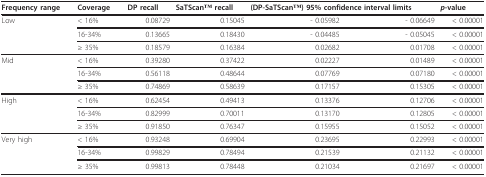
<table><thead><tr><td><b>Frequency range</b></td><td><b>Coverage</b></td><td><b>DP recall</b></td><td><b>SaTScanTM recall</b></td><td colspan="2"><b>(DP-SaTScanTM) 95% confidence interval limits</b></td><td><b><i>p</i>-value</b></td></tr></thead><tbody><tr><td>Low</td><td>&lt; 16%</td><td>0.08729</td><td>0.15045</td><td>- 0.05982</td><td>- 0.06649</td><td>&lt; 0.00001</td></tr><tr><td></td><td>16-34%</td><td>0.13665</td><td>0.18430</td><td>- 0.04485</td><td>- 0.05045</td><td>&lt; 0.00001</td></tr><tr><td></td><td>≥ 35%</td><td>0.18579</td><td>0.16384</td><td>0.02682</td><td>0.01708</td><td>&lt; 0.00001</td></tr><tr><td>Mid</td><td>&lt; 16%</td><td>0.39280</td><td>0.37422</td><td>0.02227</td><td>0.01489</td><td>&lt; 0.00001</td></tr><tr><td></td><td>16-34%</td><td>0.56118</td><td>0.48644</td><td>0.07769</td><td>0.07180</td><td>&lt; 0.00001</td></tr><tr><td></td><td>≥ 35%</td><td>0.74869</td><td>0.58639</td><td>0.17157</td><td>0.15305</td><td>&lt; 0.00001</td></tr><tr><td>High</td><td>&lt; 16%</td><td>0.62454</td><td>0.49413</td><td>0.13376</td><td>0.12706</td><td>&lt; 0.00001</td></tr><tr><td></td><td>16-34%</td><td>0.82999</td><td>0.70011</td><td>0.13170</td><td>0.12805</td><td>&lt; 0.00001</td></tr><tr><td></td><td>≥ 35%</td><td>0.91850</td><td>0.76347</td><td>0.15955</td><td>0.15052</td><td>&lt; 0.00001</td></tr><tr><td>Very high</td><td>&lt; 16%</td><td>0.93248</td><td>0.69904</td><td>0.23695</td><td>0.22993</td><td>&lt; 0.00001</td></tr><tr><td></td><td>16-34%</td><td>0.99829</td><td>0.78494</td><td>0.21539</td><td>0.21132</td><td>&lt; 0.00001</td></tr><tr><td></td><td>≥ 35%</td><td>0.99813</td><td>0.78448</td><td>0.21034</td><td>0.21697</td><td>&lt; 0.00001</td></tr></tbody></table>